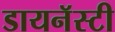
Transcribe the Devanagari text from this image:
डायनॅस्टी